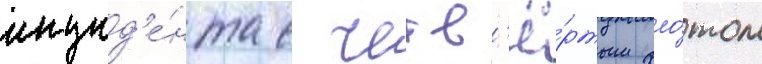
инцид'е́нта с четв'ё́ртым фло́том